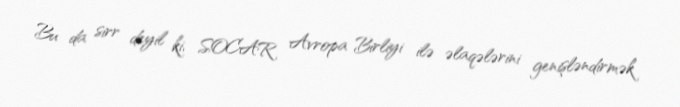
Bu da sirr deyil ki, SOCAR Avropa Birliyi ilə əlaqələrini genişləndirmək